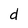
Character: d